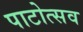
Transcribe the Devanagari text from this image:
पाटोत्सव